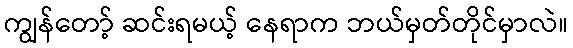
ကျွန်တော့် ဆင်းရမယ့် နေရာက ဘယ်မှတ်တိုင်မှာလဲ။